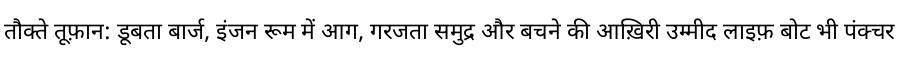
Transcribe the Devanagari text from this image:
तौक्ते तूफ़ान: डूबता बार्ज, इंजन रूम में आग, गरजता समुद्र और बचने की आख़िरी उम्मीद लाइफ़ बोट भी पंक्चर